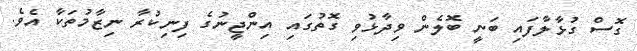
ގޮސް ގުޅާލާފައި ބަނީ ބޮލެން ވިދާޅުވި ގޮތުގައި އިންޖީނުގެ ފިނިކުރާ ނިޒާމުތަކާ އެވެ.